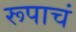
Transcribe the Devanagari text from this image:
रूपाचं